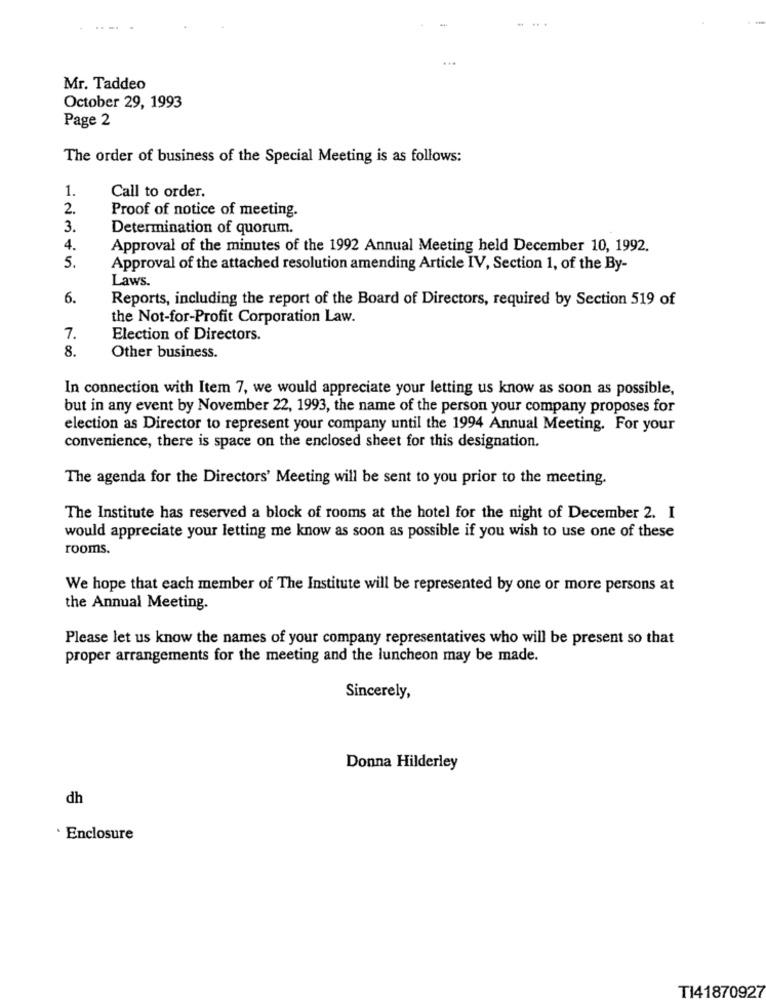
Mr. Taddeo
October 29, 1993
Page 2
The order of business of the Special Meeting is as follows:
1.
Call to order.
2.
Proof of notice of meeting.
3.
Determination of quorum.
4.
Approval of the minutes of the 1992 Annual Meeting held December 10, 1992.
5.
Approval of the attached resolution amending Article IV, Section 1, of the By-
Laws.
6.
Reports, including the report of the Board of Directors, required by Section 519 of
the Not-for-Profit Corporation Law.
7.
Election of Directors.
8.
Other business.
In connection with Item 7, we would appreciate your letting us know as soon as possible,
but in any event by November 22, 1993, the name of the person your company proposes for
election as Director to represent your company until the 1994 Annual Meeting. For your
convenience, there is space on the enclosed sheet for this designation.
The agenda for the Directors' Meeting will be sent to you prior to the meeting.
The Institute has reserved a block of rooms at the hotel for the night of December 2. I
would appreciate your letting me know as soon as possible if you wish to use one of these
rooms.
We hope that each member of The Institute will be represented by one or more persons at
the Annual Meeting.
Please let us know the names of your company representatives who will be present so that
proper arrangements for the meeting and the luncheon may be made.
Sincerely,
Donna Hilderley
dh
· Enclosure
TI41870927